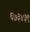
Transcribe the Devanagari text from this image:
६७३४३९